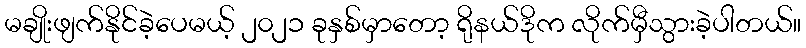
မချိုးဖျက်နိုင်ခဲ့ပေမယ့် ၂၀၂၁ ခုနှစ်မှာတော့ ရိုနယ်ဒိုက လိုက်မှီသွားခဲ့ပါတယ်။